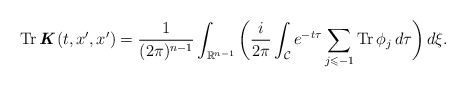
\begin{align*} \operatorname{Tr}\textbf{\textit{K}}(t,x^{\prime},x^{\prime}) = \frac{1}{(2\pi)^{n-1}} \int_{\mathbb{R}^{n-1}} \bigg( \frac{i}{2\pi} \int_{\mathcal{C}} e^{-t\tau} \sum_{j \leqslant -1} \operatorname{Tr} \phi_{j}\,d\tau \bigg) \,d\xi.\end{align*}